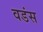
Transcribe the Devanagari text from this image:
वडंस